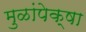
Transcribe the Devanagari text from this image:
मुळांपेक्षा